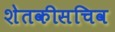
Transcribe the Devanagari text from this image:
शेतकीसचिव